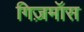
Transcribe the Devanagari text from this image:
गिज़मॉस